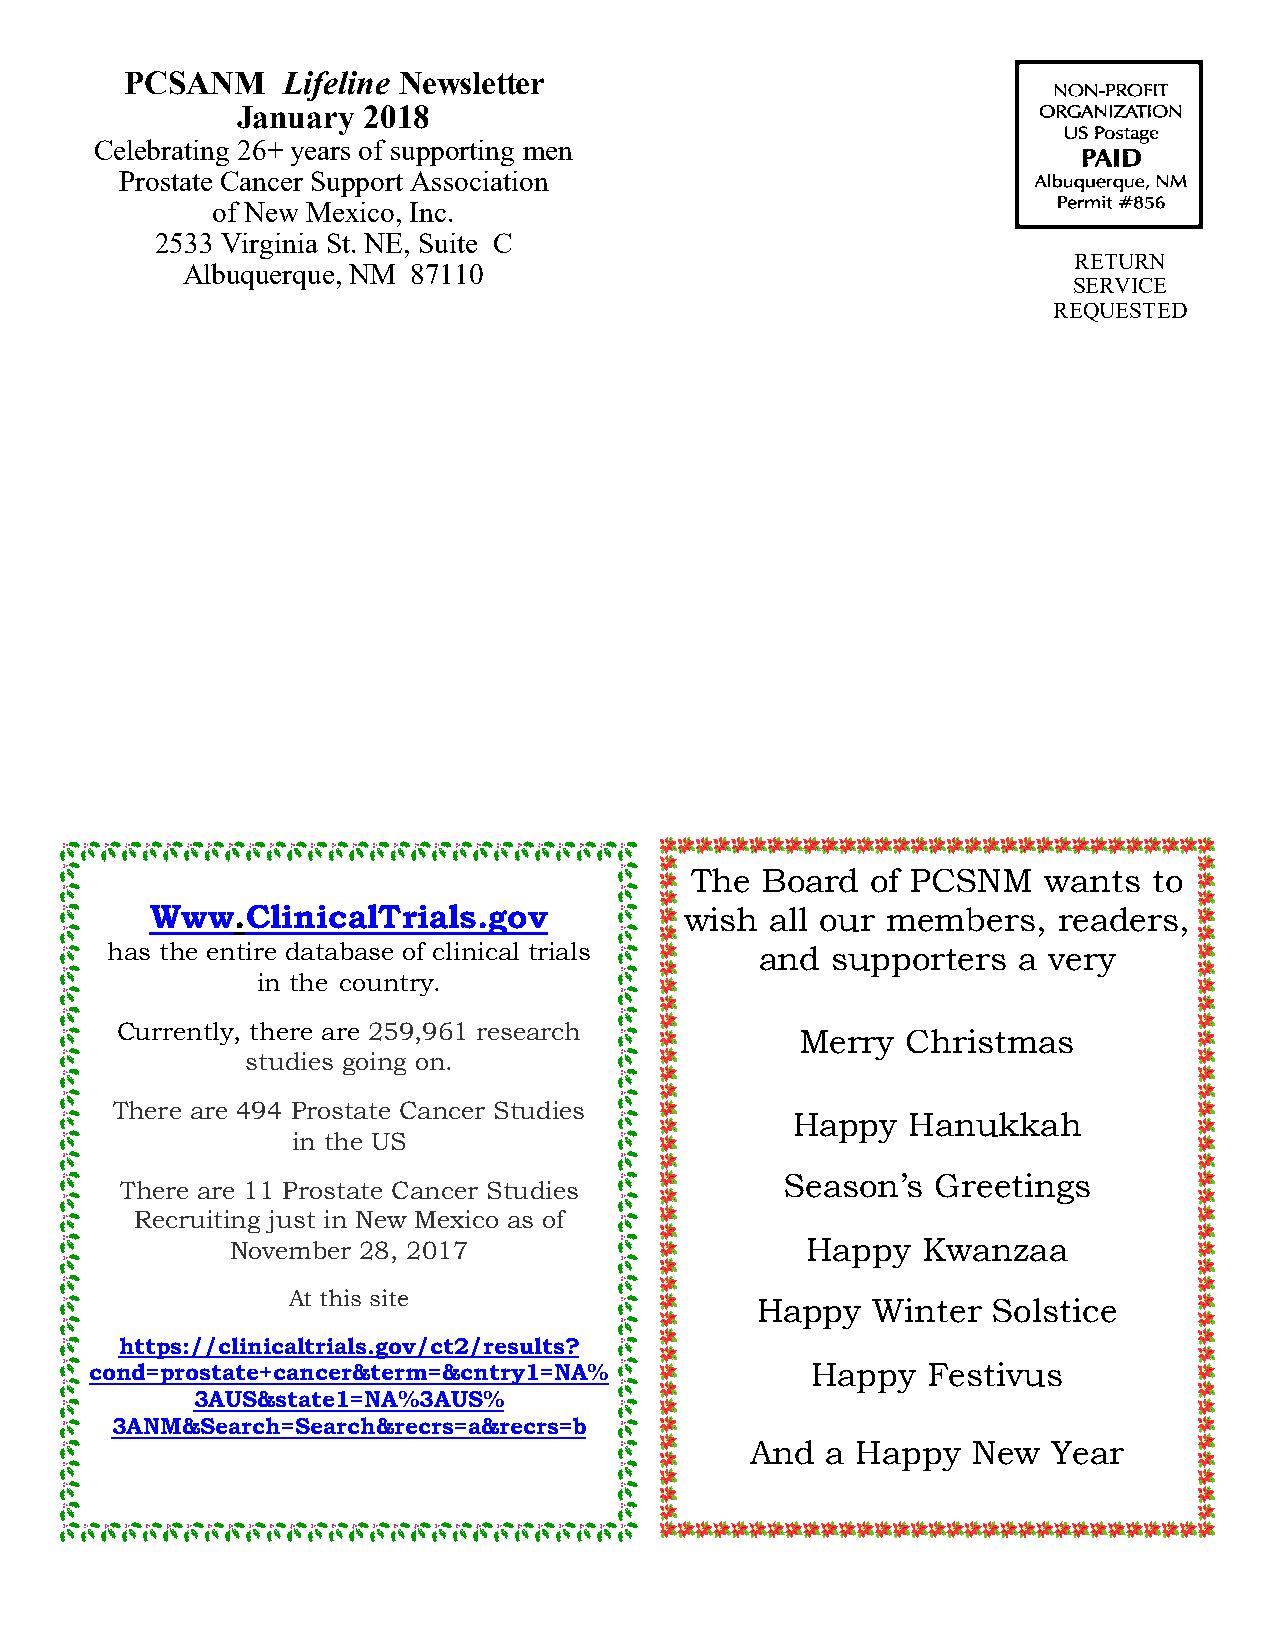
PCSANM     Lifeline Newsletter
 January 2018
 Celebrating 26+ years of supporting men
 Prostate Cancer Support Association
 of New Mexico, Inc.
 2533 Virginia St. NE, Suite C
 RETURN
 Albuquerque, NM 87110
 SERVICE
 REQUESTED
 The Board   of PCSNM   wants  to
 Www.ClinicalTrials.gov             w i s h a l l o ur members, readers,
 has the entire database of clinical trials and  supporters  a very
 in the country.
 Currently, there are 259,961 research
 Merry  Christmas
 studies going on.
 There are 494 Prostate Cancer Studies
 Happy   Hanukkah
 in the US
 Season’s  Greetings
 There are 11 Prostate Cancer Studies
 Recruiting just in New Mexico as of
 November 28, 2017                     Happy   Kwanzaa
 At this site
 Happy   Winter  Solstice
 https://clinicaltrials.gov/ct2/results?
 cond=prostate+cancer&term=&cntry1=NA%           Happy  Festivus
 3AUS&state1=NA%3AUS%
 3ANM&Search=Search&recrs=a&recrs=b
 And  a Happy  New   Year